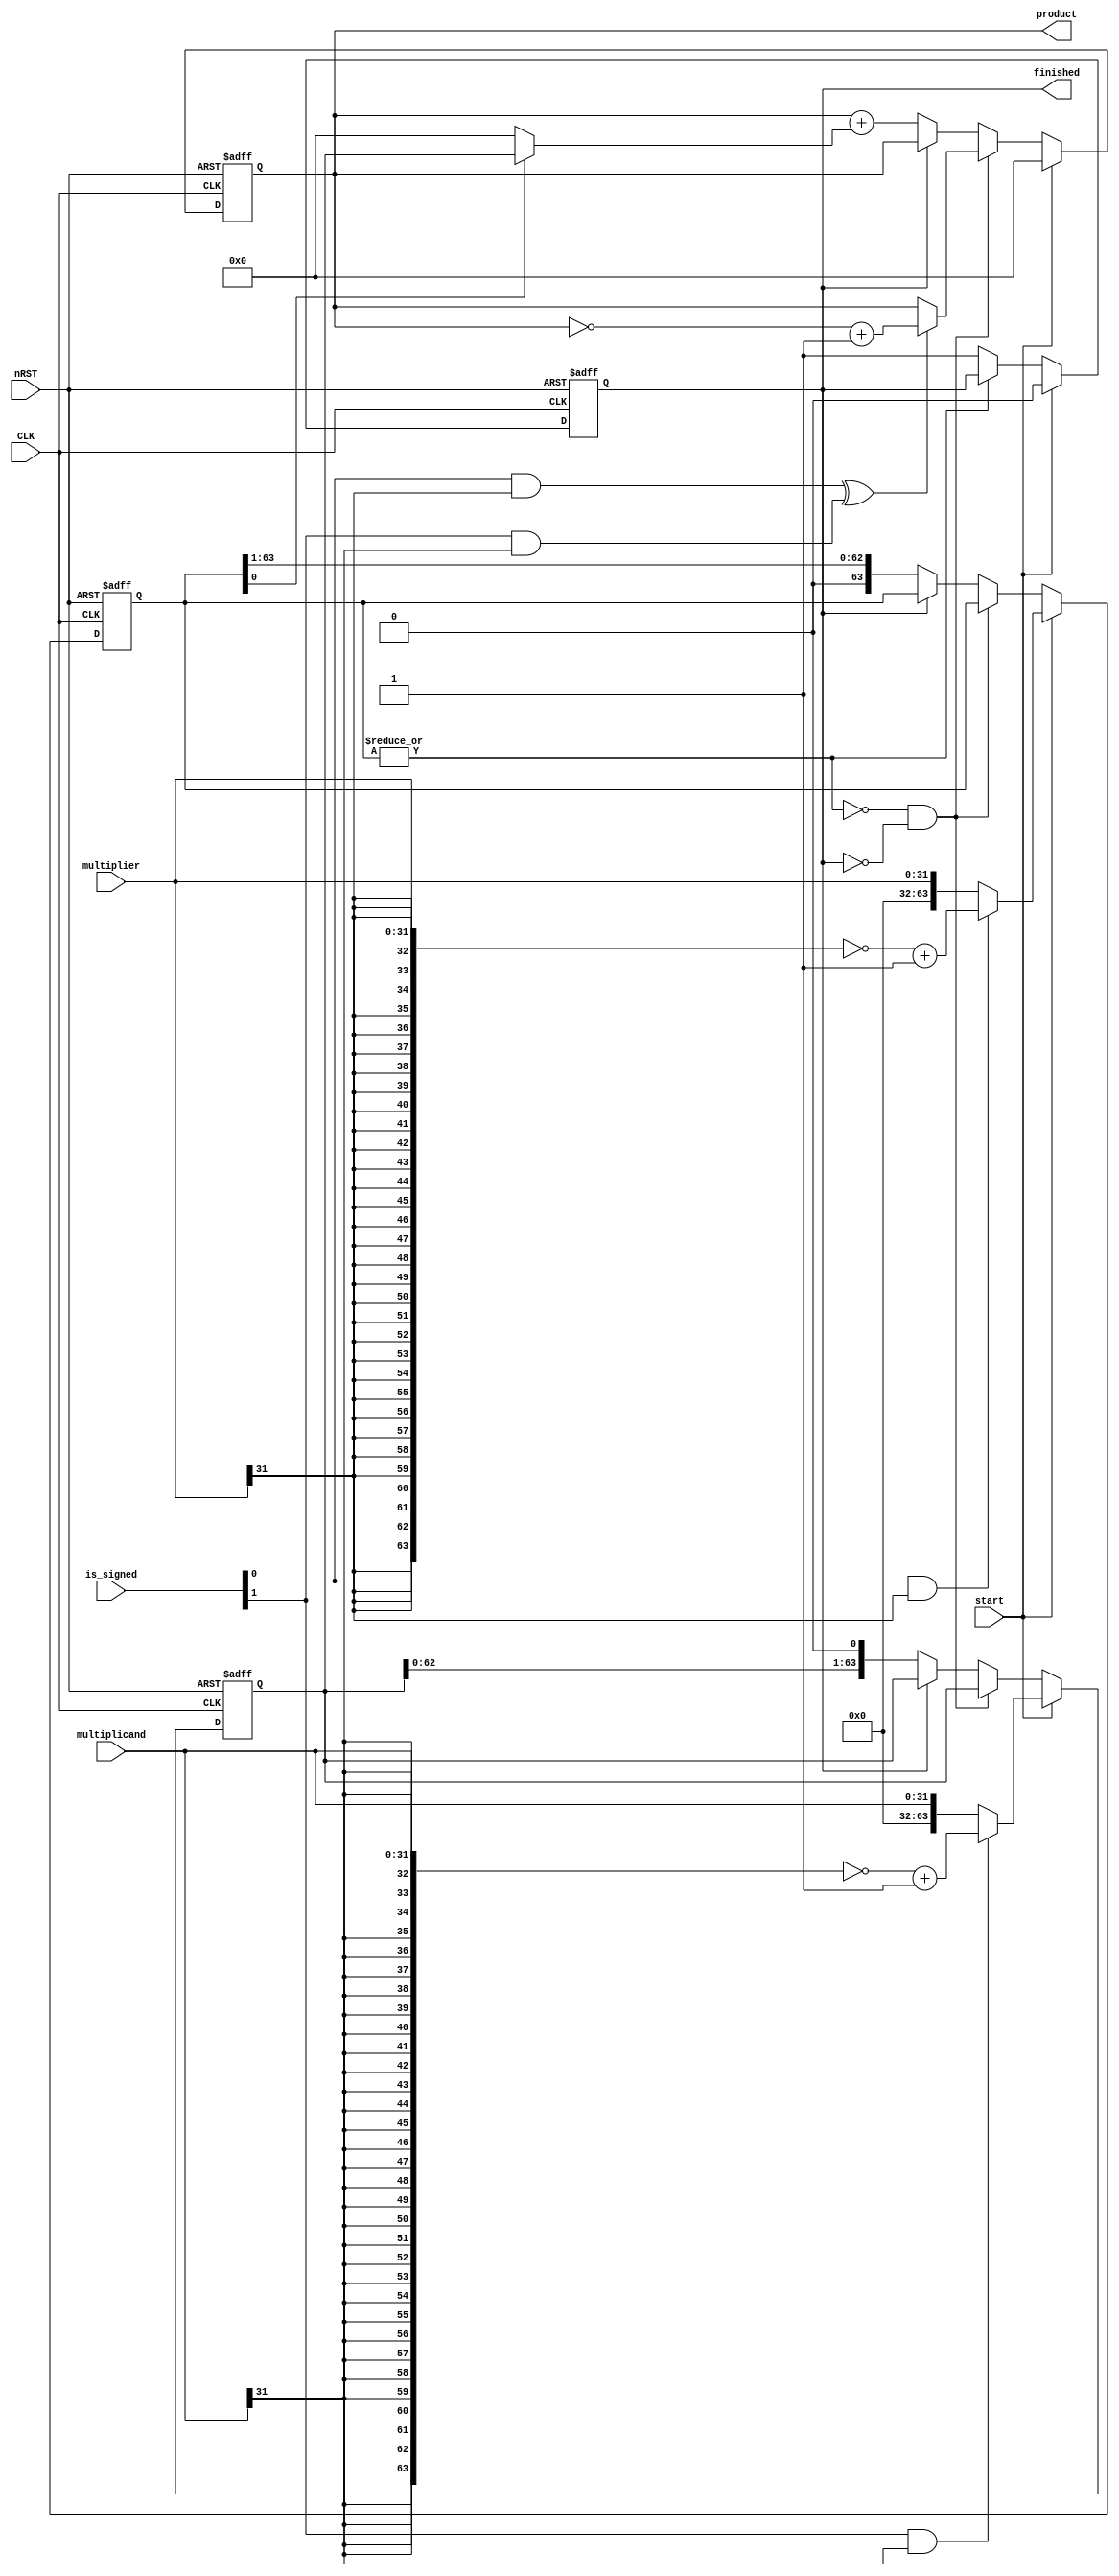
module shift_add_multiplier (
	CLK,
	nRST,
	multiplicand,
	multiplier,
	is_signed,
	start,
	product,
	finished
);
	parameter N = 32;
	input wire CLK;
	input wire nRST;
	input wire [N - 1:0] multiplicand;
	input wire [N - 1:0] multiplier;
	input wire [1:0] is_signed;
	input wire start;
	output reg [(N * 2) - 1:0] product;
	output reg finished;
	reg [(N * 2) - 1:0] multiplier_reg;
	reg [(N * 2) - 1:0] multiplicand_reg;
	wire [(N * 2) - 1:0] multiplier_ext;
	wire [(N * 2) - 1:0] multiplicand_ext;
	wire [(N * 2) - 1:0] partial_product;
	wire mult_complete;
	wire adjust_product;
	assign mult_complete = !(|multiplier_reg);
	assign adjust_product = (is_signed[0] & multiplier[N - 1]) ^ (is_signed[1] & multiplicand[N - 1]);
	assign partial_product = (multiplier_reg[0] ? multiplicand_reg : {N * 2 {1'sb0}});
	assign multiplier_ext = ~{{N {multiplier[N - 1]}}, multiplier} + 1;
	assign multiplicand_ext = ~{{N {multiplicand[N - 1]}}, multiplicand} + 1;
	always @(posedge CLK or negedge nRST)
		if (~nRST)
			finished <= 1'b0;
		else if (start)
			finished <= 1'b0;
		else if (mult_complete)
			finished <= 1'b1;
	always @(posedge CLK or negedge nRST)
		if (~nRST) begin
			multiplicand_reg <= {N * 2 {1'sb0}};
			multiplier_reg <= {N * 2 {1'sb0}};
			product <= {N * 2 {1'sb0}};
		end
		else if (start) begin
			multiplicand_reg <= (is_signed[1] && multiplicand[N - 1] ? multiplicand_ext : {{N {1'b0}}, multiplicand});
			multiplier_reg <= (is_signed[0] && multiplier[N - 1] ? multiplier_ext : {{N {1'b0}}, multiplier});
			product <= {N * 2 {1'sb0}};
		end
		else if (mult_complete & ~finished) begin
			multiplicand_reg <= multiplicand_reg;
			multiplier_reg <= multiplier_reg;
			product <= (adjust_product ? ~product + 1 : product);
		end
		else if (~finished) begin
			multiplicand_reg <= multiplicand_reg << 1;
			multiplier_reg <= multiplier_reg >> 1;
			product <= product + partial_product;
		end
endmodule